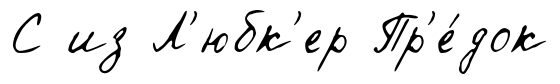
С из Л'юбк'ер Пр'е́док